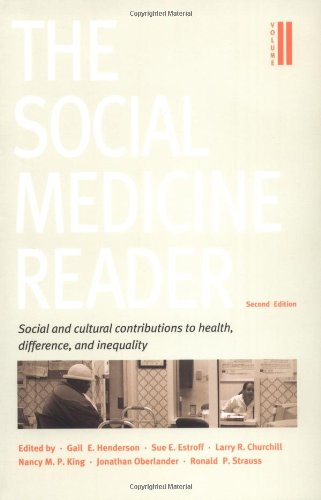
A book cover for The Social Medicine Reader, Second Edition, Vol. Two: Social and Cultural Contributions to Health, Difference, and Inequality; Gail E. Henderson; Medical Books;